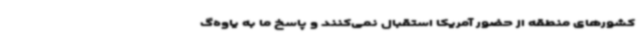
کشورهای منطقه از حضور آمریکا استقبال نمی‌کنند و پاسخ ما به یاوه‌گ